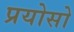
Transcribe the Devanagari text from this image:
प्रयोसो